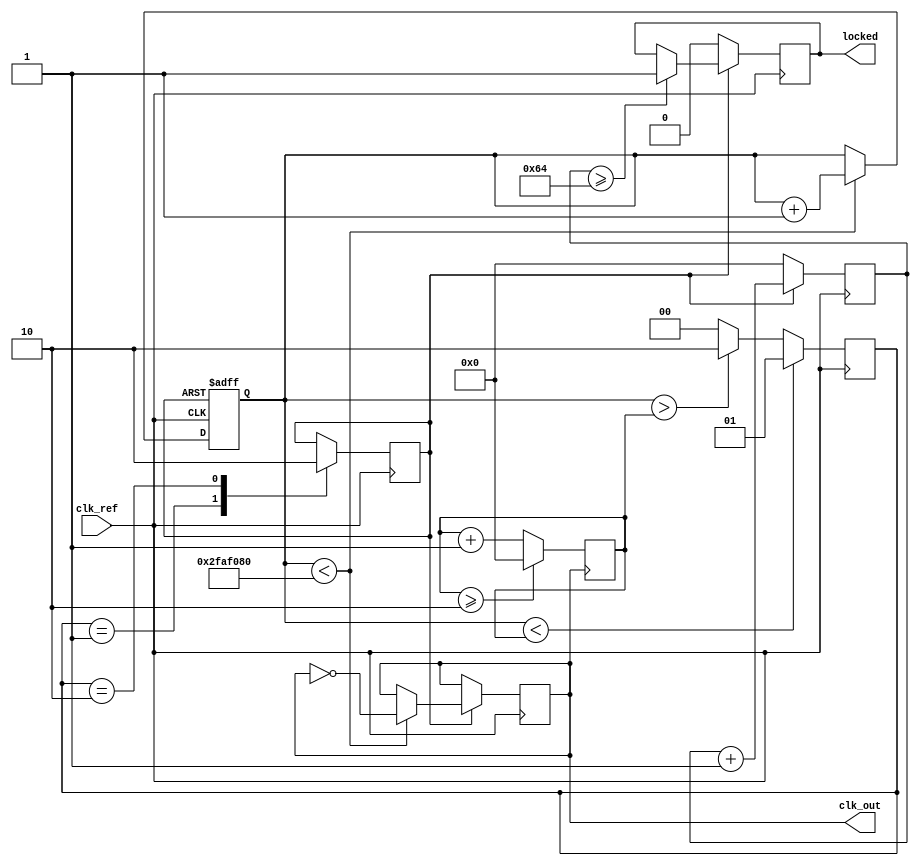
module parameterized_pll #(
    parameter INPUT_FREQUENCY = 50_000_000, // Reference clock frequency (Hz)
    parameter OUTPUT_FREQUENCY = 100_000_000, // Desired output frequency (Hz)
    parameter FEEDBACK_DIVIDER = 2, // Divider value for feedback path
    parameter PHASE_OFFSET = 0, // Phase offset (in degrees)
    parameter LOCK_TIME = 100 // Lock time (in ns)
)(
    input wire clk_ref, // Reference clock input
    output reg clk_out, // Output clock
    output reg locked // PLL lock status output
);

    // Internal signals
    reg [1:0] phase_detector; // PFD output state
    reg control_voltage; // Control voltage for VCO
    reg [31:0] vco_counter; // VCO frequency counter
    reg [31:0] feedback_counter; // Feedback counter
    reg vco_en; // VCO enable signal
    reg [31:0] lock_counter; // Lock time counter

    // Phase Frequency Detector (PFD)
    always @(posedge clk_ref) begin
        if (vco_counter < feedback_counter) begin
            phase_detector <= 2'b01; // UP
        end else if (vco_counter > feedback_counter) begin
            phase_detector <= 2'b10; // DOWN
        end else begin
            phase_detector <= 2'b00; // No change
        end
    end

    // Charge Pump
    always @(posedge clk_ref) begin
        case (phase_detector)
            2'b01: control_voltage <= 1; // UP
            2'b10: control_voltage <= 0; // DOWN
            default: control_voltage <= control_voltage; // Hold
        endcase
    end

    // Voltage-Controlled Oscillator (VCO)
    always @(posedge clk_ref or negedge control_voltage) begin
        if (!control_voltage) begin
            vco_counter <= 0;
        end else begin
            if (vco_counter < (OUTPUT_FREQUENCY / FEEDBACK_DIVIDER)) begin
                vco_counter <= vco_counter + 1;
                clk_out <= ~clk_out; // Toggle output clock
            end
        end
    end

    // Feedback divider
    always @(posedge clk_out) begin
        feedback_counter <= feedback_counter + 1;
        if (feedback_counter >= FEEDBACK_DIVIDER) begin
            feedback_counter <= 0;
        end
    end

    // Lock detection logic
    always @(posedge clk_ref) begin
        if (control_voltage) begin
            lock_counter <= lock_counter + 1;
            if (lock_counter >= LOCK_TIME) begin
                locked <= 1; // PLL is locked
            end
        end else begin
            lock_counter <= 0;
            locked <= 0; // PLL is not locked
        end
    end

endmodule